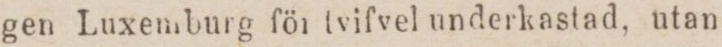
gen Luxemburg för tvifvel underkastad, utan